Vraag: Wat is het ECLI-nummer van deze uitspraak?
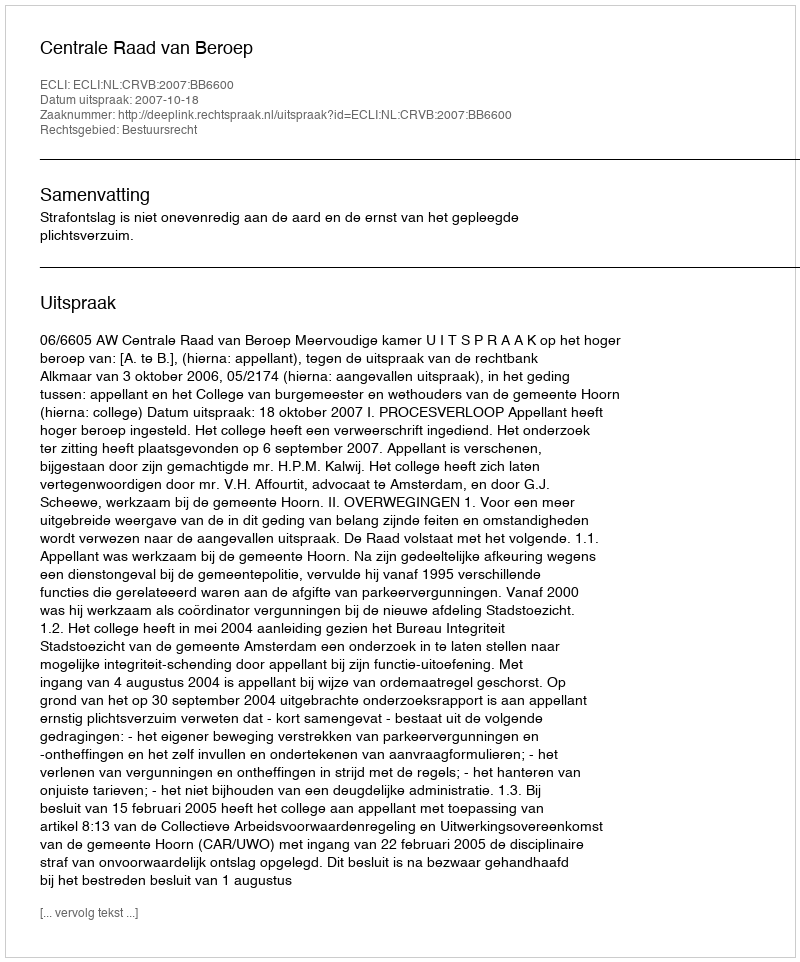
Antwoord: ECLI:NL:CRVB:2007:BB6600